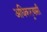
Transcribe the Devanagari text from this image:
अधिकार्‍यासी